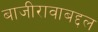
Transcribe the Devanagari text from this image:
बाजीरावाबद्दल